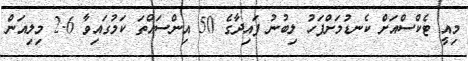
މިއީ ޓެކްސްއަށް ކެނޑުމަށްފަހު ލިބުނު ފައިދާގެ 50 އިންސައްތަ ކަމުގައިވާ 2.6 މިލިއަން